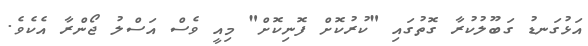
އަޅުގަނޑު ގަބޫލުކުރާ ގޮތުގައި "ކުރުކޮށް ފޮނިކޮށް" މިއީ ވެސް އަސްލު ޖޯންރާ އެކެވެ.